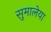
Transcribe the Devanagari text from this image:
सुमालेया